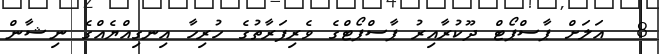
8  އަލަށް ޕާސްޕޯޓް ދޫކުރާއިރު ޕާސްޕޯޓްގެ ވެރިފަރާތުގެ ހުރިހާ އިނގިއްޔެއްގެ ނިޝާން